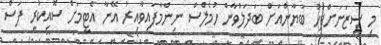
މި ސީޒަނަށްފަހު ބަޔާންއަށް ބަދަލުވާން ހުމެލްސް ނިންމާފައިވާއިރު އޭނާ އެޓީމަށް ސޮއިކުރީ ފަސް